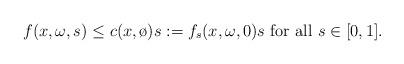
LaTeX: \begin{align*} f(x,\omega,s) \leq c(x,\o)s:= f_s(x,\omega,0)s \hbox{ for all } s\in [0,1].\end{align*}